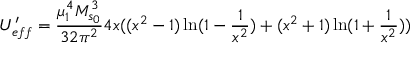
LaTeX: U _ { e f f } ^ { \prime } = \frac { \mu _ { 1 } ^ { 4 } M _ { s _ { 0 } } ^ { 3 } } { 3 2 \pi ^ { 2 } } 4 x ( ( x ^ { 2 } - 1 ) \ln ( 1 - \frac { 1 } { x ^ { 2 } } ) + ( x ^ { 2 } + 1 ) \ln ( 1 + \frac { 1 } { x ^ { 2 } } ) )